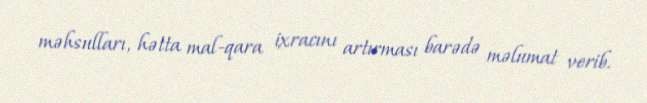
məhsulları, hətta mal-qara ixracını artırması barədə məlumat verib.